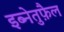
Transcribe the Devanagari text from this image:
इब्नेतुफ़ैल